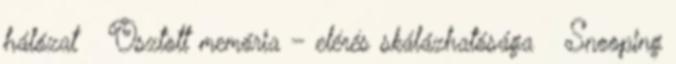
hálózat ● Osztott memória – elérés skálázhatósága ● Snooping